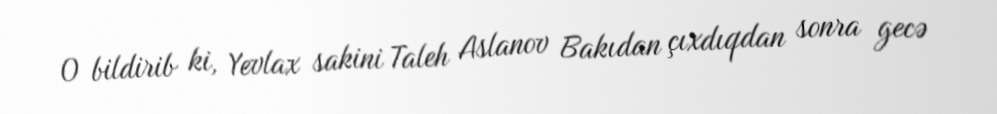
O bildirib ki, Yevlax sakini Taleh Aslanov Bakıdan çıxdıqdan sonra gecə